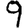
Digit: 9